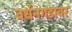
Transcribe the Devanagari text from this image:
वर्धनगडावर